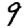
Digit: 9